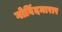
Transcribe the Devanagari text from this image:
गोविंदमारार